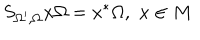
S _ { \Omega ^ { \prime } , \Omega } x \Omega = x ^ { * } \Omega , \, \, x \in M